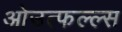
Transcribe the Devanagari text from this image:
ओउत्फल्ल्स